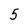
Character: 5